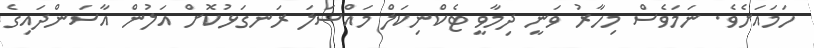
ހަމައަށެވެ. ނަމަވެސް މިހާރު ވަނީ ދިމާވީ ޓެކްނިކަލް މައްސަލަަ ރަނގަޅުކޮށް އަލުން އާސަންދައިގެ